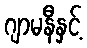
ဂျာမနီနှင့်